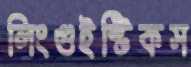
লিংগুইস্টিকস